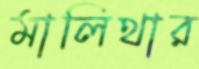
মালিথার